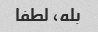
بله، لطفا